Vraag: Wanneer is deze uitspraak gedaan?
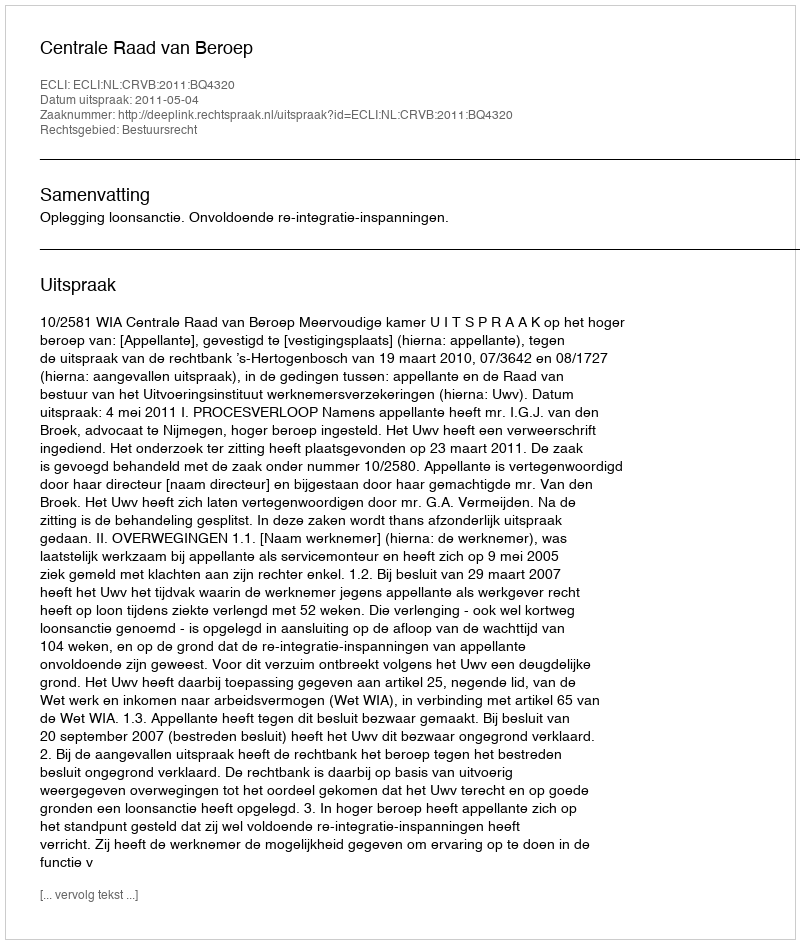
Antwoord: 2011-05-04